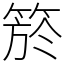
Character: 箊